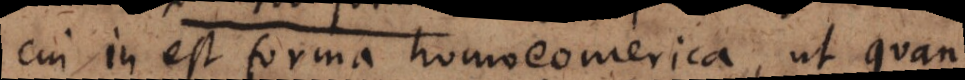
cui inest forma homoeomerica, ut quanti